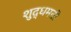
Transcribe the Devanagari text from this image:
शुद्धमती